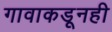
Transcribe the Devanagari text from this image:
गावाकडूनही